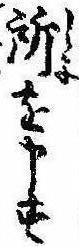
所を申す